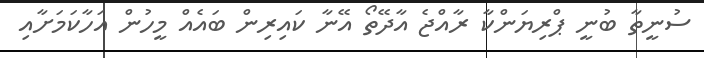
ސުނީތާ ބުނީ ޕްރިޔަންކާ ރާއްޖެ އާދޭތޯ އޭނާ ކައިރިން ބައެއް މީހުން އަހާކަމަށާއި